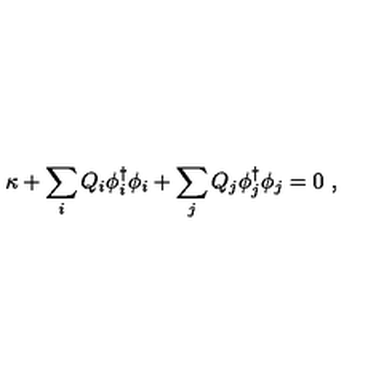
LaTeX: \kappa + \sum _ { i } Q _ { i } \phi _ { i } ^ { \dagger } \phi _ { i } + \sum _ { j } Q _ { j } \phi _ { j } ^ { \dagger } \phi _ { j } = 0 \ ,